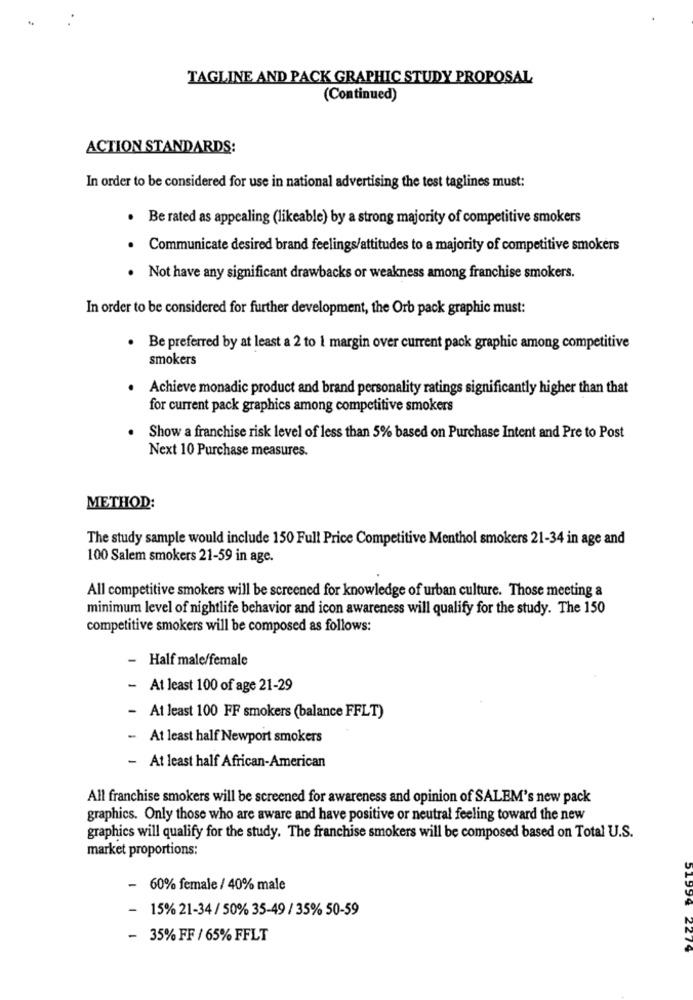
TAGLINE AND PACK GRAPHIC STUDY PROPOSAL
(Continued)
ACTION STANDARDS:
In order to be considered for use in national advertising the test taglines must:
. Be rated as appealing (likeable) by a strong majority of competitive smokers
.
Communicate desired brand feelings/attitudes to a majority of competitive smokers
Not have any significant drawbacks or weakness among franchise smokers.
In order to be considered for further development, the Orb pack graphic must:
. Be preferred by at least a 2 to 1 margin over current pack graphic among competitive
smokers
Achieve monadic product and brand personality ratings significantly higher than that
for current pack graphics among competitive smokers
Show a franchise risk level of less than 5% based on Purchase Intent and Pre to Post
Next 10 Purchase measures.
METHOD:
The study sample would include 150 Full Price Competitive Menthol smokers 21-34 in age and
100 Salem smokers 21-59 in age.
All competitive smokers will be screened for knowledge of urban culture. Those meeting a
minimum level of nightlife behavior and icon awareness will qualify for the study. The 150
competitive smokers will be composed as follows:
- Half male/female
- At least 100 of age 21-29
- At least 100 FF smokers (balance FFLT)
- At least half Newport smokers
- At least half African-American
All franchise smokers will be screened for awareness and opinion of SALEM's new pack
graphics. Only those who are aware and have positive or neutral feeling toward the new
graphics will qualify for the study. The franchise smokers will be composed based on Total U.S.
market proportions:
- 60% female / 40% male
- 15% 21-34 / 50% 35-49 / 35% 50-59
- 35% FF / 65% FFLT
51994 2279